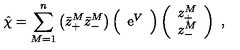
\hat { \chi } = \sum _ { M = 1 } ^ { n } \left( \bar { z } _ { + } ^ { M } \bar { z } _ { - } ^ { M } \right) \Big ( \begin{array} { c c } { \mathrm { e } ^ { V } } \\ \end{array} \Big ) \left( \begin{array} { c } { z _ { + } ^ { M } } \\ { z _ { - } ^ { M } } \\ \end{array} \right) \ ,